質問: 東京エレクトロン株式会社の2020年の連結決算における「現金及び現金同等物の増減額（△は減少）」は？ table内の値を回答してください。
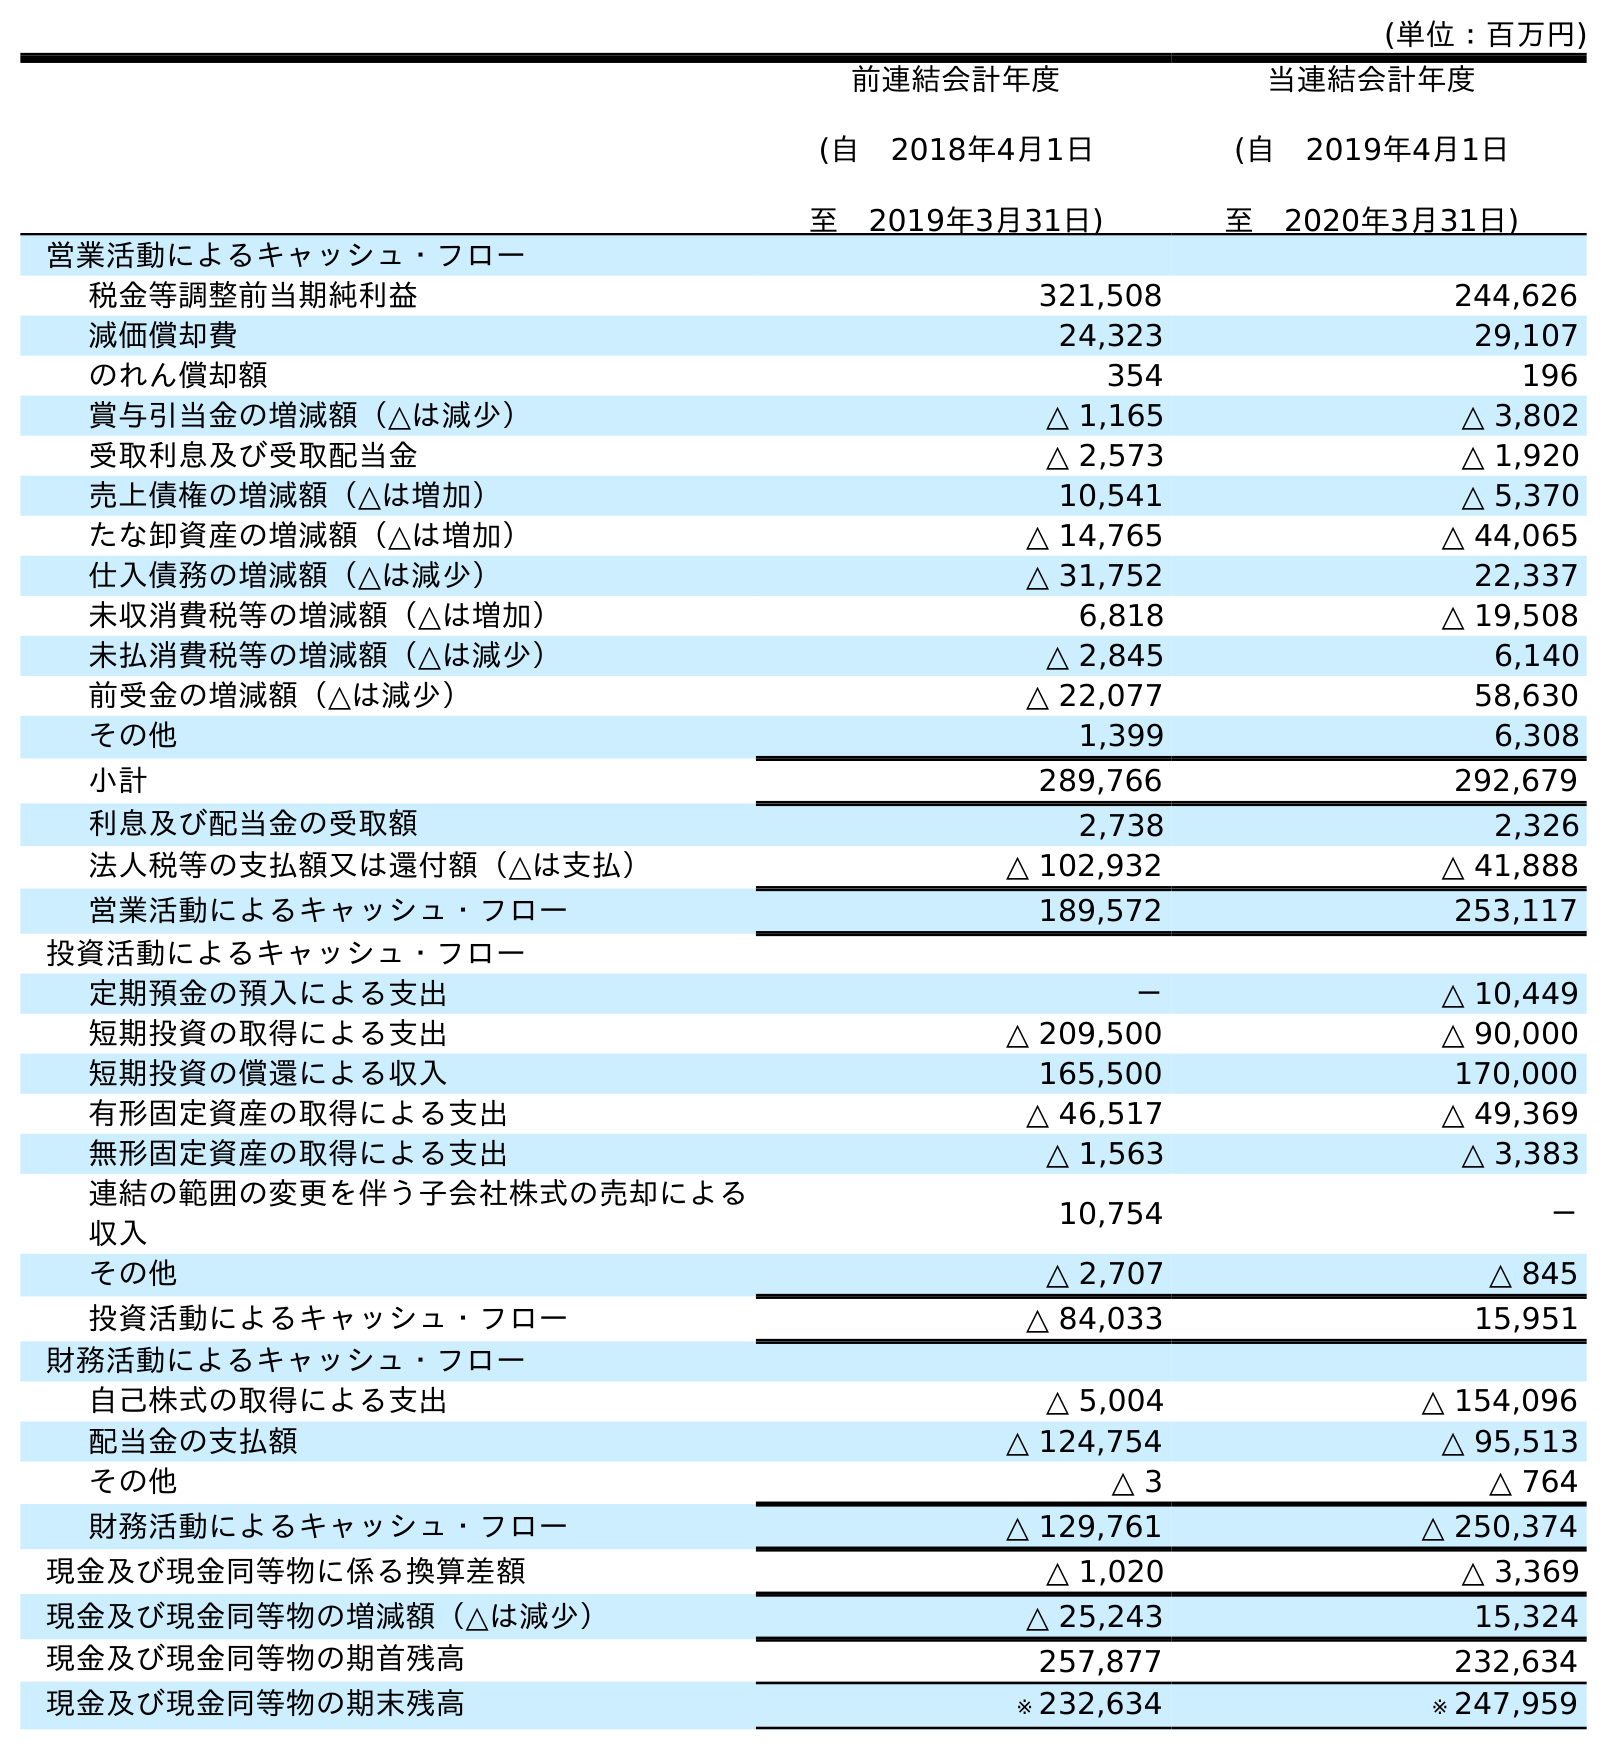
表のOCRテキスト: (単位：百万円) 前連結会計年度 (自 2018年4月1日 至 2019年3月31日) 当連結会計年度 (自 2019年4月1日 至 2020年3月31日) 営業活動によるキャッシュ・フロー 税金等調整前当期純利益 321,508 244,626 減価償却費 24,323 29,107 のれん償却額 354 196 賞与引当金の増減額（△は減少） △ 1,165 △ 3,802 受取利息及び受取配当金 △ 2,573 △ 1,920 売上債権の増減額（△は増加） 10,541 △ 5,370 たな卸資産の増減額（△は増加） △ 14,765 △ 44,065 仕入債務の増減額（△は減少） △ 31,752 22,337 未収消費税等の増減額（△は増加） 6,818 △ 19,508 未払消費税等の増減額（△は減少） △ 2,845 6,140 前受金の増減額（△は減少） △ 22,077 58,630 その他 1,399 6,308 小計 289,766 292,679 利息及び配当金の受取額 2,738 2,326 法人税等の支払額又は還付額（△は支払） △ 102,932 △ 41,888 営業活動によるキャッシュ・フロー 189,572 253,117 投資活動によるキャッシュ・フロー 定期預金の預入による支出 － △ 10,449 短期投資の取得による支出 △ 209,500 △ 90,000 短期投資の償還による収入 165,500 170,000 有形固定資産の取得による支出 △ 46,517 △ 49,369 無形固定資産の取得による支出 △ 1,563 △ 3,383 連結の範囲の変更を伴う子会社株式の売却による 収入 10,754 － その他 △ 2,707 △ 845 投資活動によるキャッシュ・フロー △ 84,033 15,951 財務活動によるキャッシュ・フロー 自己株式の取得による支出 △ 5,004 △ 154,096 配当金の支払額 △ 124,754 △ 95,513 その他 △ 3 △ 764 財務活動によるキャッシュ・フロー △ 129,761 △ 250,374 現金及び現金同等物に係る換算差額 △ 1,020 △ 3,369 現金及び現金同等物の増減額（△は減少） △ 25,243 15,324 現金及び現金同等物の期首残高 257,877 232,634 現金及び現金同等物の期末残高 ※ 232,634 ※ 247,959
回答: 15,324